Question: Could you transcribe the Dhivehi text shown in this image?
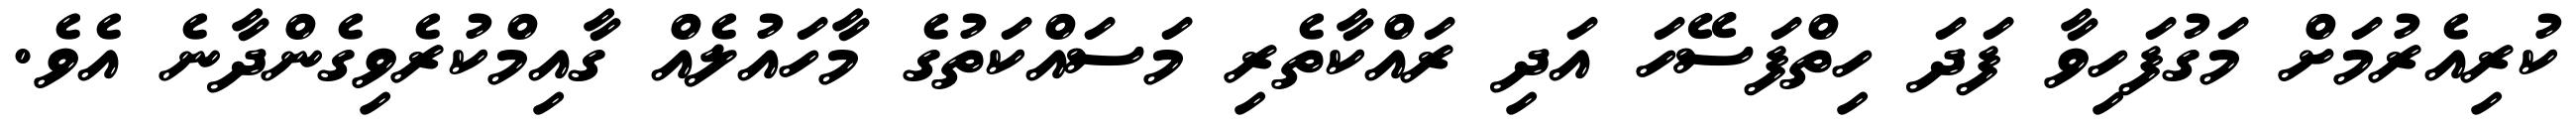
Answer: ކުރިއެރުމަށް މަގުފަހިވާ ފަދަ ހިތްފަސޭހަ އަދި ރައްކާތެރި މަސައްކަތުގެ މާހައުލެއް ގާއިމްކުރެވިގެންދާނެ އެވެ.